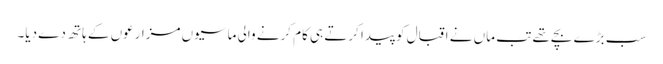
سب بڑے بچے تھے تب ماں نے اقبال کو پیدا کرتے ہی کام کرنے والی ماسیوں مزارعوں کے ہاتھ دے دیا۔